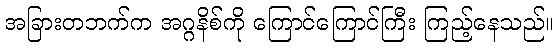
အခြားတဘက်က အဂ္ဂနိစ်ကို ကြောင်ကြောင်ကြီး ကြည့်နေသည်။